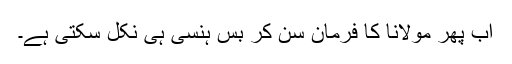
اب پھر مولانا کا فرمان سن کر بس ہنسی ہی نکل سکتی ہے۔